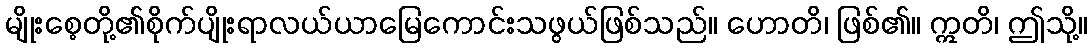
မျိုးစေ့တို့၏စိုက်ပျိုးရာလယ်ယာမြေကောင်းသဖွယ်ဖြစ်သည်။ ဟောတိ၊ ဖြစ်၏။ ဣတိ၊ ဤသို့။